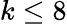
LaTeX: k\leq 8